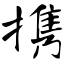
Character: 携